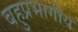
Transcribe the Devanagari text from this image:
बहुप्रभागीय